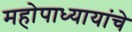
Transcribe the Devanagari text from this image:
महोपाध्यायांचे